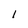
Character: 1